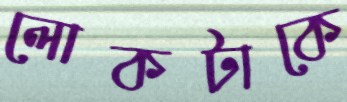
লোকটাকে